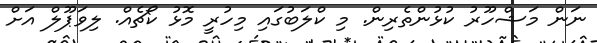
ނަން މަޝްހޫރު ކުޅުންތެރިން. މި ކްލަބުގައި މިހުރީ މޮޅު ކޯޗެއް. ލިވަޕޫލް އަށް